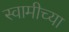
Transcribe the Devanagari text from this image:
स्‍वामीच्‍या